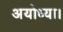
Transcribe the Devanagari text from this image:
अयोध्या।